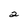
Character: 2